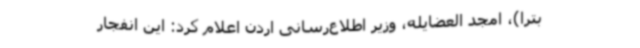
بترا)، امجد العضایله، وزیر اطلاع‌رسانی اردن اعلام کرد: این انفجار